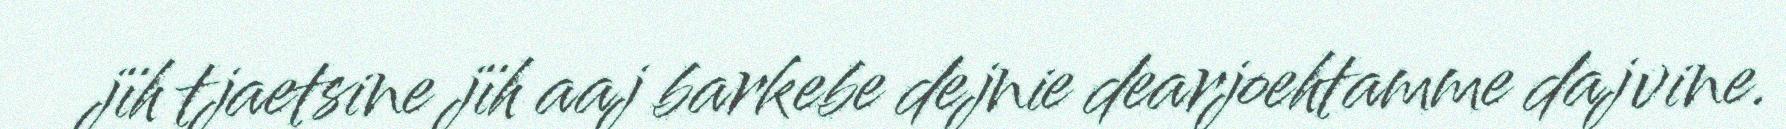
jïh tjaetsine jïh aaj barkebe dejnie dearjoehtamme dajvine.